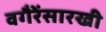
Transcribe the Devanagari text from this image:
वगैरेंसारखी